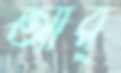
আর্